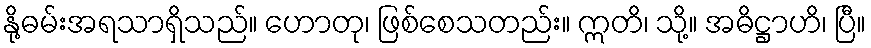
နို့ဓမ်းအရသာရှိသည်။ ဟောတု၊ ဖြစ်စေသတည်း။ ဣတိ၊ သို့။ အဓိဋ္ဌာဟိ၊ ပြီ။